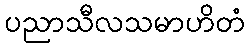
ပညာသီလသမာဟိတံ